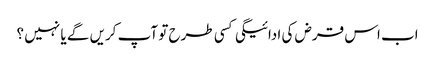
اب اس قرض کی ادائیگی کسی طرح تو آپ کریں گے یا نہیں ؟